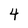
Character: 4